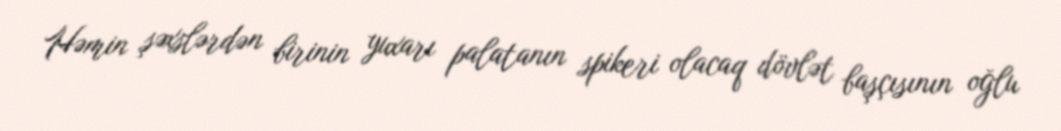
Həmin şəxslərdən birinin yuxarı palatanın spikeri olacaq dövlət başçısının oğlu